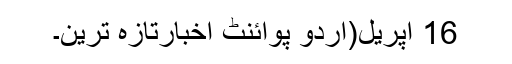
16 اپریل(اُردو پوائنٹ اخبارتازہ ترین۔